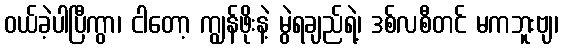
ဝယ်ခဲ့ပါပြီကွာ၊ ငါတော့ ကျွန်ဖိုးနဲ့ မွဲရချည်ရဲ့၊ ဒစ်လစီတင် မကဘူးဗျ၊